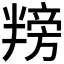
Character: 𪟸